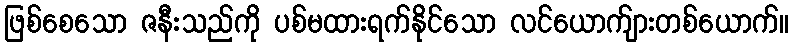
ဖြစ်စေသော ဇနီးသည်ကို ပစ်မထားရက်နိုင်သော လင်ယောက်ျားတစ်ယောက်။